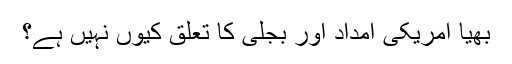
بھیا امریکی امداد اور بجلی کا تعلق کیوں نہیں ہے؟